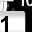
Digit: 1